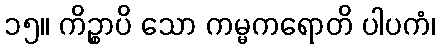
၁၅။ ကိဉ္စာပိ သော ကမ္မကရောတိ ပါပကံ၊